Problem: 2 × 6 = ?
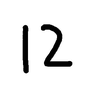
Handwritten answer: 12